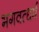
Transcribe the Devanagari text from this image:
भगवत्धर्म